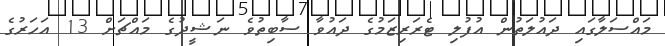
މައްސަލާގައި ދައުލަތުން އުފުލި ޓެރަރިޒަމުގެ ދައުވާ ސާބިތުވެ ނަޝީދުގެ މައްޗަށް 13 އަހަރުގެ